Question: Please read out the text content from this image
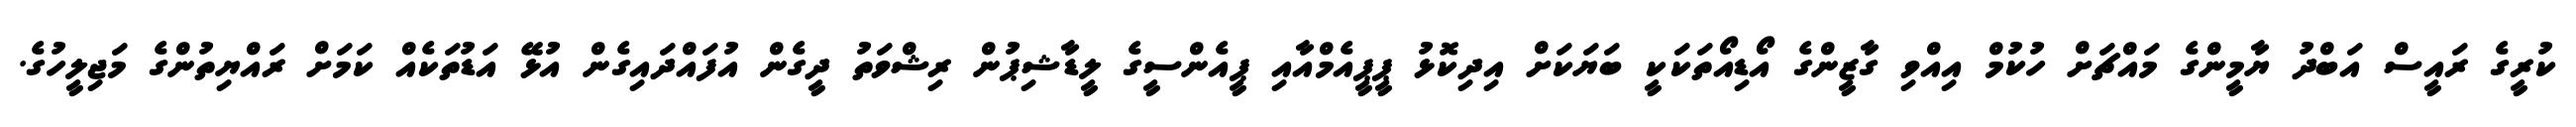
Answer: ކުރީގެ ރައީސް އަބްދު ޔާމީންގެ މައްޗަށް ހުކުމް އިއްވި ގާޒީންގެ އޯޑިއޯތަކަކީ ބަޔަކަށް އިދިކޮޅު ޕީޕީއެމްއާއި ޕީއެންސީގެ ލީޑާޝިޕުން ރިޝްވަތު ދީގެން އުފައްދައިގެން އުޅޭ އަޑުތަކެއް ކަމަށް ރައްޔިތުންގެ މަޖިލީހުގެ.